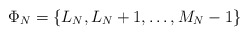
\begin{align*}\Phi_N = \{ L_N, L_N + 1,\dots, M_N - 1 \}\end{align*}